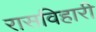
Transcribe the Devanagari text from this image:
रासविहारी